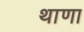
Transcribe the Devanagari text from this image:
थाणा